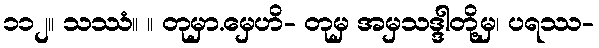
၁၁၂။ သဿံ။ ။ တုမှာ.မှေဟိ- တုမှ အမှသဒ္ဒါတို့မှ၊ ပရဿ-